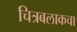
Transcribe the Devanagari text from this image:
चित्रबलाकचा